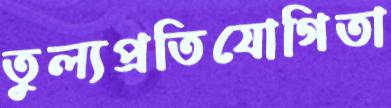
তুল্যপ্রতিযোগিতা